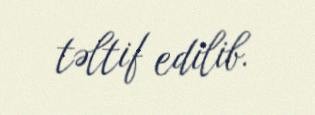
təltif edilib.